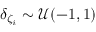
\delta _ { \zeta _ { i } } \sim \mathcal { U } ( - 1 , 1 )